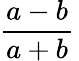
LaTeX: {\frac{a-b}{a+b}}\,